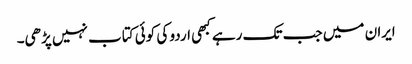
ایران میں جب تک رہے کبھی اردو کی کوئی کتاب نہیں پڑھی۔